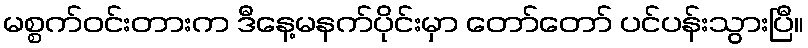
မစ္စက်ဝင်းတားက ဒီနေ့မနက်ပိုင်းမှာ တော်တော် ပင်ပန်းသွားပြီ။